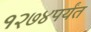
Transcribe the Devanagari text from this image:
१२७४पर्यंत